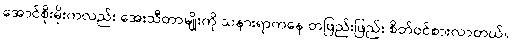
အောင်စိုးမိုးကလည်း အေးသီတာမျိုးကို သနားရာကနေ တဖြည်းဖြည်း စိတ်ဝင်စားလာတယ်။